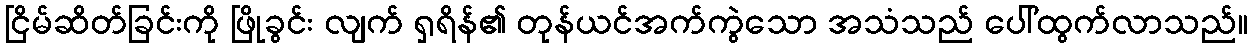
ငြိမ်ဆိတ်ခြင်းကို ဖြိုခွင်း လျက် ရှရိန်၏ တုန်ယင်အက်ကွဲသော အသံသည် ပေါ်ထွက်လာသည်။